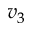
v _ { 3 }